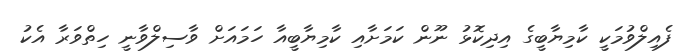
ފެއިލްވުމަކީ ކާމިޔާބީގެ އިދިކޮޅު ނޫން ކަމަށާއި ކާމިޔާބީއާ ހަމައަށް ވާސިލްވާނީ ހިތްވަރާ އެކު